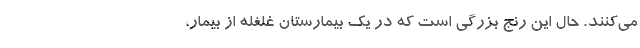
می‌کنند. حال این رنج بزرگی است که در یک بیمارستان غلغله از بیمار،